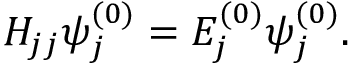
H _ { j j } \psi _ { j } ^ { ( 0 ) } = E _ { j } ^ { ( 0 ) } \psi _ { j } ^ { ( 0 ) } .